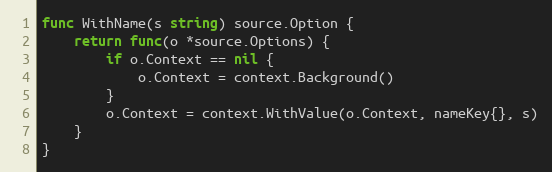
Language: Go
func WithName(s string) source.Option {
	return func(o *source.Options) {
		if o.Context == nil {
			o.Context = context.Background()
		}
		o.Context = context.WithValue(o.Context, nameKey{}, s)
	}
}